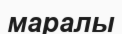
маралы